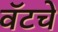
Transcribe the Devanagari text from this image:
वॅटचे